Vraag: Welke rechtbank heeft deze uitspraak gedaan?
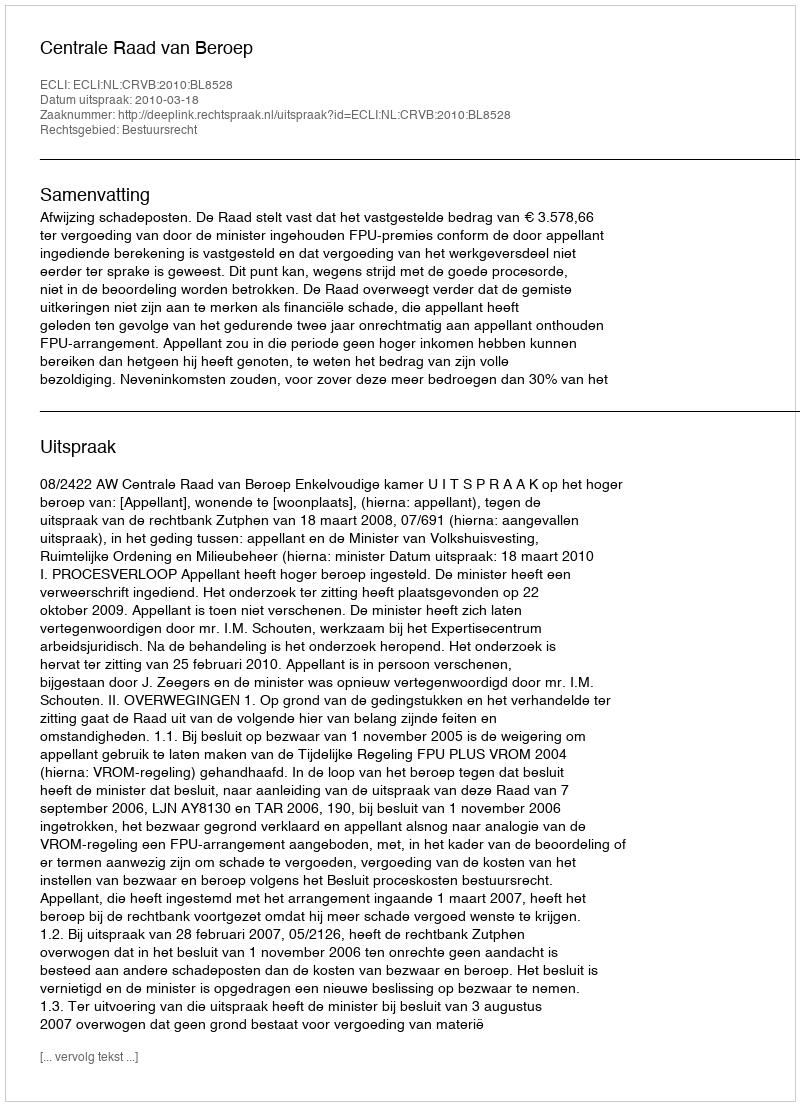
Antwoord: Centrale Raad van Beroep